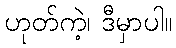
ဟုတ်ကဲ့၊ ဒီမှာပါ။